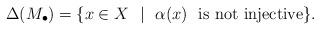
LaTeX: \begin{align*}\Delta(M_{\bullet})=\{x\in X ~~ | ~~ \alpha(x) ~~ {\rm is~not~injective} \}.\end{align*}